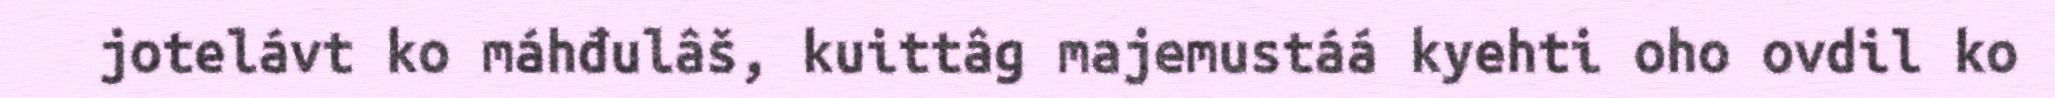
jotelávt ko máhđulâš, kuittâg majemustáá kyehti oho ovdil ko